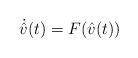
LaTeX: \begin{align*} \dot{\hat{v}}(t) = F(\hat{v}(t))\end{align*}